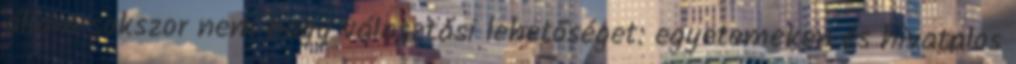
állam sokszor nem hagy választási lehetőséget: egyetemeken és hivatalos